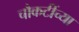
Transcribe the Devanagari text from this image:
चौकटींच्या